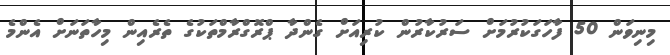
މިނިވަން 50 ފާހަގަކުރުމަށް ސަރުކާރުން ކުރިއަށް ގެންދާ ޕްރޮގްރާމްތަކުގެ ތެރެއިން މިހާތަނަށް އެންމެ